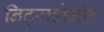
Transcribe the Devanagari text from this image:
निट्ज़होनोट